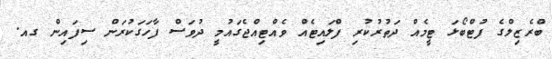
ބްރެޒިލްގެ ފުޓްބޯޅަ ޓީމެއް ދަތުރުކުރި ފްލައިޓެއް ވެއްޓިއްޖެގައުމީ ދުވަސް ފާހަގަކުރަން ސިފައިން ގއ.